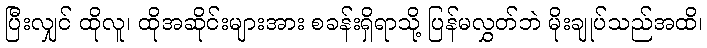
ပြီးလျှင် ထိုလူ၊ ထိုအဆိုင်းများအား စခန်းရှိရာသို့ ပြန်မလွှတ်ဘဲ မိုးချုပ်သည်အထိ၊